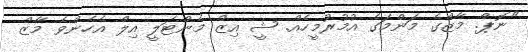
"ނޮޕް. މާޒްގެ މަންމަގެ އުމުރުމީހެއް. ޝީ އިޒް މެންޓަލީ އިލް އެހެންވެ މާޒް